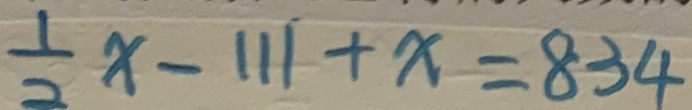
\frac { 1 } { 2 } x - 1 1 1 + x = 8 3 4